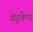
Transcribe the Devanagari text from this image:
ड्यूकेन